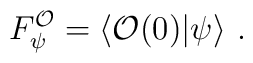
F_{\psi }^{\mathcal{O}}=\left\langle \mathcal{O}(0)|\psi \right\rangle \,.